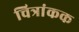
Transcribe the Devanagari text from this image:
चित्रांकक